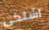
اشتكى